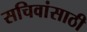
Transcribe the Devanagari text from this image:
सचिवांसाठी